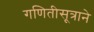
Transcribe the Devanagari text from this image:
गणितीसूत्राने